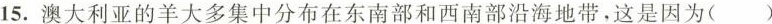
15.澳大利亚的羊大多集中分布在东南部和西南部沿海地带，这是因为()